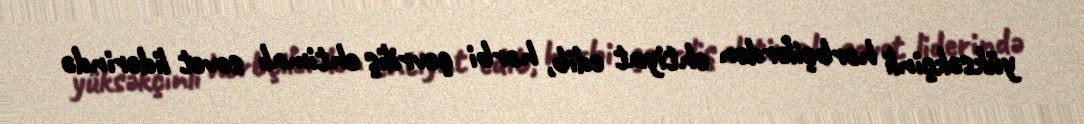
yüksəkçinli hərbçilərdən ehtiyat edib, hərbi çevriliş ehtimalı sovet liderində